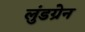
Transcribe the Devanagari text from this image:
लुंडग्रेन